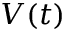
V ( t )